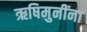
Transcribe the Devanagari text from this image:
ऋषिमुनींना